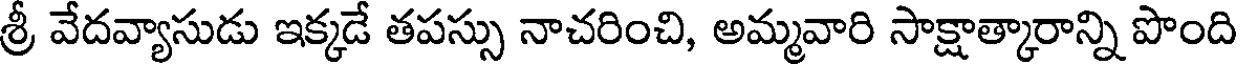
శ్రీ వేదవ్యాసుడు ఇక్కడే తపస్సు నాచరించి, అమ్మవారి సాక్షాత్కారాన్ని పొంది